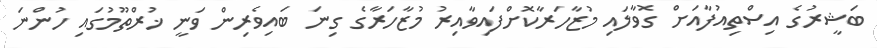
ބަޝީރުގެ އިސްތިއުފާއަށް ގޮވާލައި މުޒާހަރާކޮށްފައިވާއިރު މުޒާހަރާގެ ގިނަ ބައިވެރިން ވަނީ ޚުރްތޫމުގައި ހުންނަ